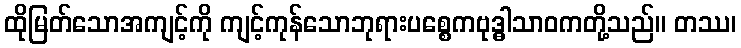
ထိုမြတ်သောအကျင့်ကို ကျင့်ကုန်သောဘုရားပစ္စေကဗုဒ္ဓါသာဝကတို့သည်။ တဿ၊